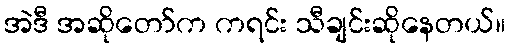
အဲဒီ အဆိုတော်က ကရင်း သီချင်းဆိုနေတယ်။